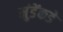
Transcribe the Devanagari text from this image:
मुंडेंकडे